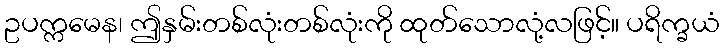
ဥပက္ကမေန၊ ဤနှမ်းတစ်လုံးတစ်လုံးကို ထုတ်သောလုံ့လဖြင့်။ ပရိက္ခယံ